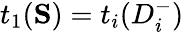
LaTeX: t_{1}(\mathbf{S})=t_{i}(D_{i}^{-})